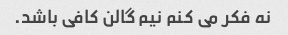
نه فکر می کنم نیم گالن کافی باشد.